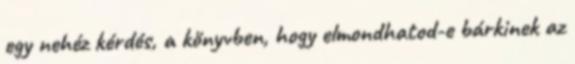
egy nehéz kérdés, a könyvben, hogy elmondhatod-e bárkinek az